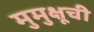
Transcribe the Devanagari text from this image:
मुमुक्षूची